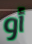
أو